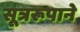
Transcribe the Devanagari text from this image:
सूत्ररूपाने